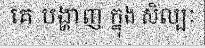
គេ បង្ហាញ ក្នុង សិល្បៈ